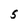
Character: 5